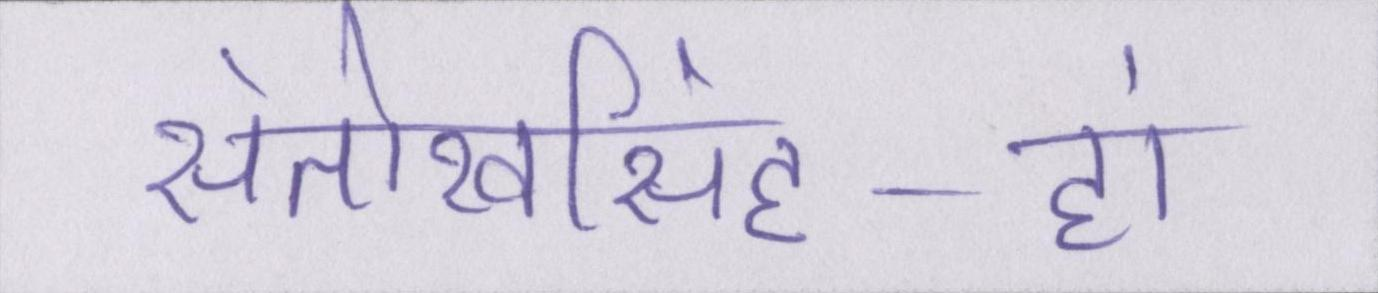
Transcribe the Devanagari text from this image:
संतोखसिंह-हां